Lunatic asylums Punjab 1868-1880 - 1868-1880
Year: 1868
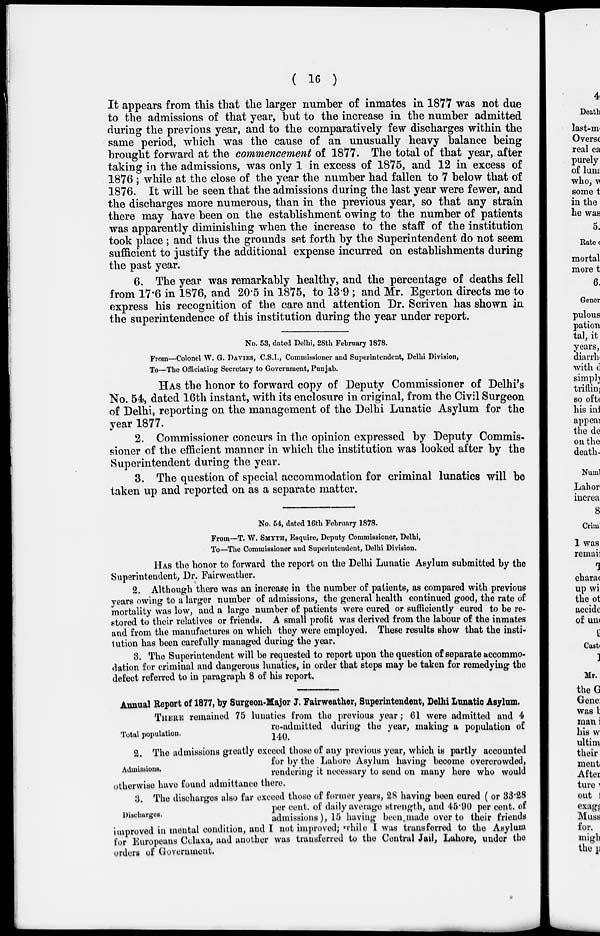
( 16 )
It appears from this that the larger number of inmates in 1877 was not due
to the admissions of that year, but to the increase in the number admitted
during the previous year, and to the comparatively few discharges within the
same period, which was the cause of an unusually heavy balance being
brought forward at the commencement of 1877. The total of that year, after
taking in the admissions, was only 1 in excess of 1875, and 12 in excess of
1876 ; while at the close of the year the number had fallen to 7 below that of
1876. It will be seen that the admissions during the last year were fewer, and
the discharges more numerous, than in the previous year, so that any strain
there may have been on the establishment owing to the number of patients
was apparently diminishing when the increase to the staff of the institution
took place ; and thus the grounds set forth by the Superintendent do not seem
sufficient to justify the additional expense incurred on establishments during
the past year.
6. The year was remarkably healthy, and the percentage of deaths fell
from 17.6 in 1876, and 20.5 in 1875, to 13.9 ; and Mr. Egerton directs me to
express his recognition of the care and attention Dr. Scriven has shown in
the superintendence of this institution during the year under report.
No. 53, dated Delhi, 28th February 1878.
From—Colonel W. G. DAVIES , C.S.I. , Commissioner and Superintendent, Delhi Division,
To—The Officiating Secretary to Government, Punjab.
HAS the honor to forward copy of Deputy Commissioner of Delhi's
No. 54, dated 16th instant, with its enclosure in original, from the Civil Surgeon
of Delhi, reporting on the management of the Delhi Lunatic Asylum for the
year 1877.
2. Commissioner concurs in the opinion expressed by Deputy Commis-
sioner of the efficient manner in which the institution was looked after by the
Superintendent during the year.
3. The question of special accommodation for criminal lunatics will be
taken up and reported on as a separate matter.
No. 54, dated 16th February 1878.
From—T. W. SMYTH , Esquire, Deputy Commissioner, Delhi,
To—The Commissioner and Superintendent, Delhi Division.
HAS the honor to forward the report on the Delhi Lunatic Asylum submitted by the
Superintendent, Dr. Fairweather.
2. Although there was an increase in the number of patients, as compared with previous
years owing to a larger number of admissions, the general health continued good, the rate of
mortality was low, and a large number of patients were cured or sufficiently cured to be re-
stored to their relatives or friends. A small profit was derived from the labour of the inmates
and from the manufactures on which they were employed. These results show that the insti-
tution has been carefully managed during the year.
3. The Superintendent will be requested to report upon the question of separate accommo-
dation for criminal and dangerous lunatics, in order that steps may be taken for remedying the
defect referred to in paragraph 8 of his report.
Annual Report of 1877, by Surgeon-Major J. Fairweather , Superintendent, Delhi Lunatic Asylum.
Total population.
THERE remained 75 lunatics from the previous year; 61 were admitted and 4
re-admitted during the year, making a population of
140.
Admissions.
2. The admissions greatly exceed those of any previous year , which is partly accounted
for by the Lahore Asylum having become overcrowded,
rendering it necessary to send on many here who would
otherwise have found admittance there.
Discharges.
3. The discharges also far exceed those of former years, 28 having been cured ( or 33.28
per cent. of daily average strength, and 45.90 per cent. of
admissions), 15 having been made over to their friends
improved in mental condition, and I not improved; while I was transferred to the Asylum
for Europeans Colaxa , and another was transferred to the Central Jail , Lahore, under the
orders of Government.